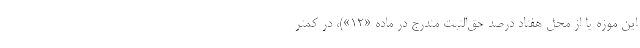
این موزه یا از محل هفتاد درصد حق‌الثبت مندرج در ماده «۱۲»)، در کمتر